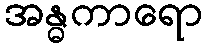
အန္ဓကာရော